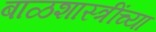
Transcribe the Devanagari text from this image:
बाळशास्त्रींच्या